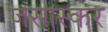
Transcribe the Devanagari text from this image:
जसास्कर